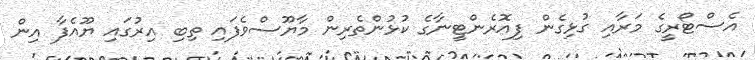
އެސްޓޯރީގެ މަރާއި ގުޅިގެން ފިއޮރެންޓީނާގެ ކުޅުންތެރިން މާޔޫސްވެފައި ތިބި އިރުގައި ޔޫއެފާ އިން